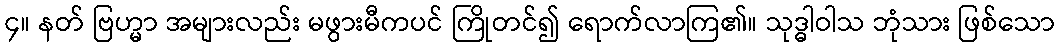
၄။ နတ် ဗြဟ္မာ အများလည်း မဖွားမီကပင် ကြိုတင်၍ ရောက်လာကြ၏။ သုဒ္ဓါဝါသ ဘုံသား ဖြစ်သော